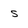
Character: s